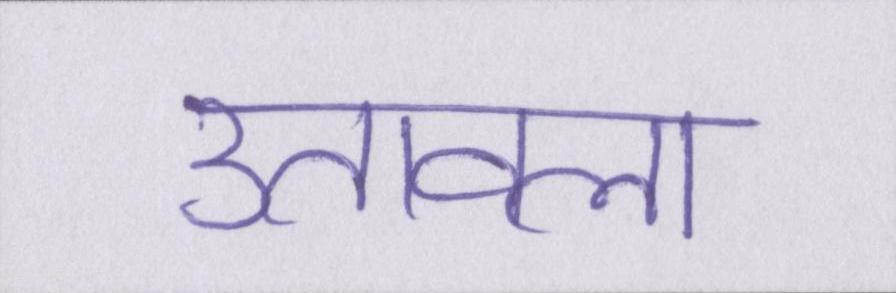
उतावला